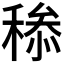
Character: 𥠩